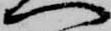
へ